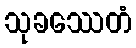
သုခဿေတံ